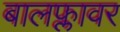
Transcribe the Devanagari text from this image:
बालफ्लावर